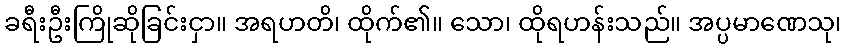
ခရီးဦးကြိုဆိုခြင်းငှာ။ အရဟတိ၊ ထိုက်၏။ သော၊ ထိုရဟန်းသည်။ အပ္ပမာဏေသု၊